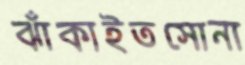
ঝাঁকাইতসোনা